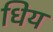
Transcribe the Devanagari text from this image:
धिय